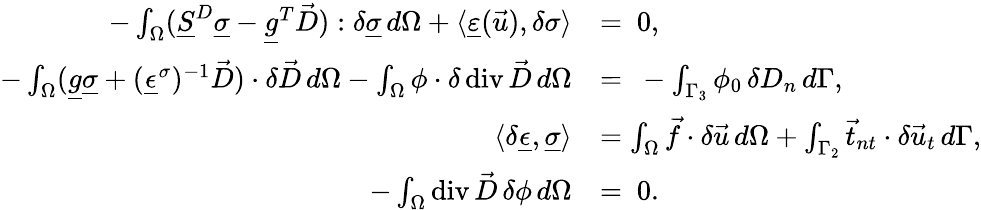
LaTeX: \begin{array}{rl}{-\int_{\Omega}(\underline{{S}}^{D}\underline{{\sigma}}-\underline{{g}}^{T}\vec{D}):\delta\underline{{\sigma}}\, d\Omega+\langle\underline{{\varepsilon}}(\vec{u}),\delta\sigma\rangle}&{=\ 0,}\\ {-\int_{\Omega}(\underline{{g}}\underline{{\sigma}}+(\underline{{\epsilon}}^{\sigma})^{-1}\vec{D})\cdot\delta\vec{D}\, d\Omega-\int_{\Omega}\phi\cdot\delta\operatorname{div}\vec{D}\, d\Omega}&{=\ -\int_{\Gamma_{3}}\phi_{0}\, \delta D_{n}\, d\Gamma,}\\ {\langle\delta\underline{{\epsilon}},\underline{{\sigma}}\rangle}&{=\int_{\Omega}\vec{f}\cdot\delta\vec{u}\, d\Omega+\int_{\Gamma_{2}}\vec{t}_{nt}\cdot\delta\vec{u}_{t}\, d\Gamma,}\\ {-\int_{\Omega}\operatorname{div}\vec{D}\, \delta\phi\, d\Omega}&{=\ 0.}\end{array}